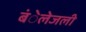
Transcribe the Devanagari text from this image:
बंेलेजली